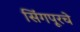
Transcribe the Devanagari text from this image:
सिंगपूरचे